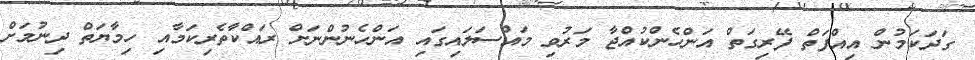
ގަދަކަމުން އިއްފަތް ފޭރިގަތް އަންހެންކުއްޖާ މަރުވި މައްސަލައިގައި އަންހެނުންނަށް ރައްކާތެރިކަމާއި ހިމާޔަތް ދިނުމަށް